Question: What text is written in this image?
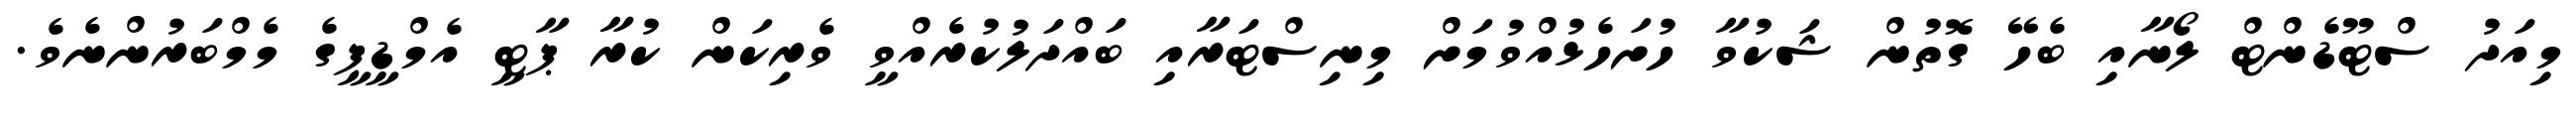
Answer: މިއަދު ސްޓޫޑެންޓް ލޯނާއި ބެހޭ ގޮތުން ޝަކުވާ ހުށަހެޅުއްވުމަށް މިނިސްޓަރާއި ބައްދަލުކުރެއްވީ ވެރިކަން ކުރާ ޕާޓީ އެމްޑީޕީގެ މެމްބަރުންނެވެ.